system: You are a helpful assistant.
user:
Analyze the provided spectrum to determine if it is a **"Cataclysmic Variables (CV)"**.

- **Key Indicators for CV (Check for either state):**
    - **State 1: Quiescent / Low-State (Emission-Dominated)**
        - **(Primary):** Strong and *very broad* Hydrogen Balmer emission lines (e.g., $H\alpha$ at 6563 Å, $H\beta$ at 4861 Å). The 'broadness' (high velocity dispersion, often FWHM > 1000 km/s) is the key diagnostic, indicating a high-velocity accretion disk.
        - **(Secondary):** Broad neutral Helium (He I) emission lines (e.g., 5876 Å, 6678 Å).
        - **(Key Confirmation):** Presence of high-excitation *ionized* Helium (He II) emission at 4686 Å. This is a strong indicator of accretion onto a white dwarf.
        - **(Line Profile):** Emission lines may exhibit a 'double-peaked' profile, which is a classic signature of a rotating accretion disk viewed at high inclination.

    - **State 2: Outburst / High-State (Absorption-Dominated)**
        - **(Primary):** Spectrum is dominated by a bright, blue continuum (looks like a hot star).
        - **(Secondary):** The emission lines from State 1 are weak, absent, or 'filled in', and are replaced by broad, shallow *absorption* lines (primarily Balmer and He I).
        - **(Morphology):** The overall spectrum mimics a hot B/A-type star. The crucial difference is that the absorption lines are significantly broader, shallower, and more 'washed-out' (or 'smeared') than the sharp lines of a normal stellar photosphere, due to high rotational speeds and pressure broadening in the disk.

Think first, call **spectral_visualization_tool** if needed to examine features in detail, then provide your final answer. Your response must adhere to the following strict rules:
1.  **Overall Structure:** Your response must follow the format `<think>...</think> <tool_call>...</tool_call> (if a tool is used) <answer>...</answer>`.
2.  **Tool Usage Constraint:** You may only make **one** tool call per turn.
3.  **Final Answer Format:** In the `<answer>` tag, your conclusion must be inside a `\boxed{}` command (e.g., `\boxed{YES}`), followed by your justification.

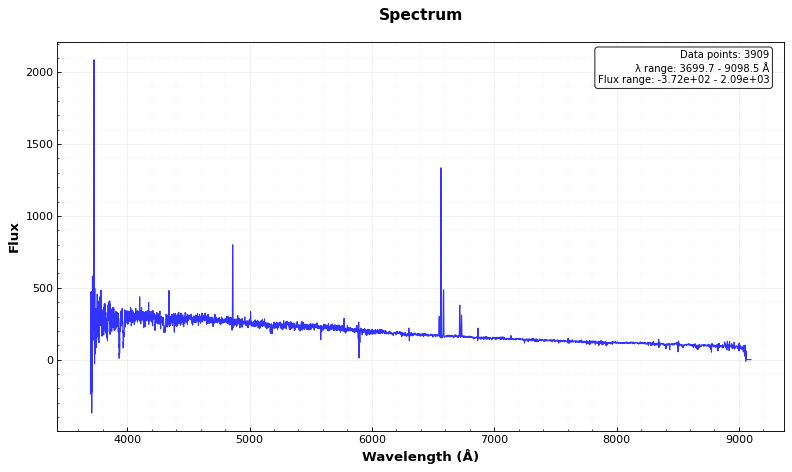
Answer: NO